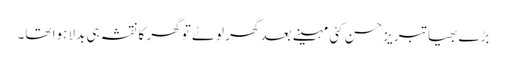
بڑے بھیا تبریز حسن کئی مہینے بعد گھر لوٹے تو گھر کا نقشہ ہی بدلا ہوا تھا۔